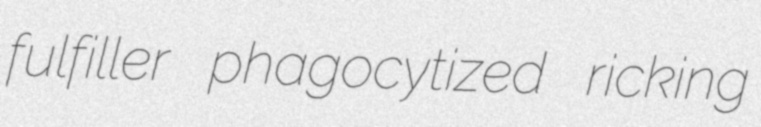
fulfiller phagocytized ricking